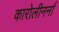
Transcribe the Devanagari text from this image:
कारोलीनर्ना